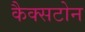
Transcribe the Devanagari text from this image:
कैक्सटोन